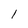
Character: l